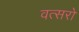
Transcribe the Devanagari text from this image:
वत्सरो